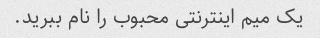
یک میم اینترنتی محبوب را نام ببرید.